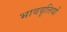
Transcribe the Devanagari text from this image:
भाववृत्तियों